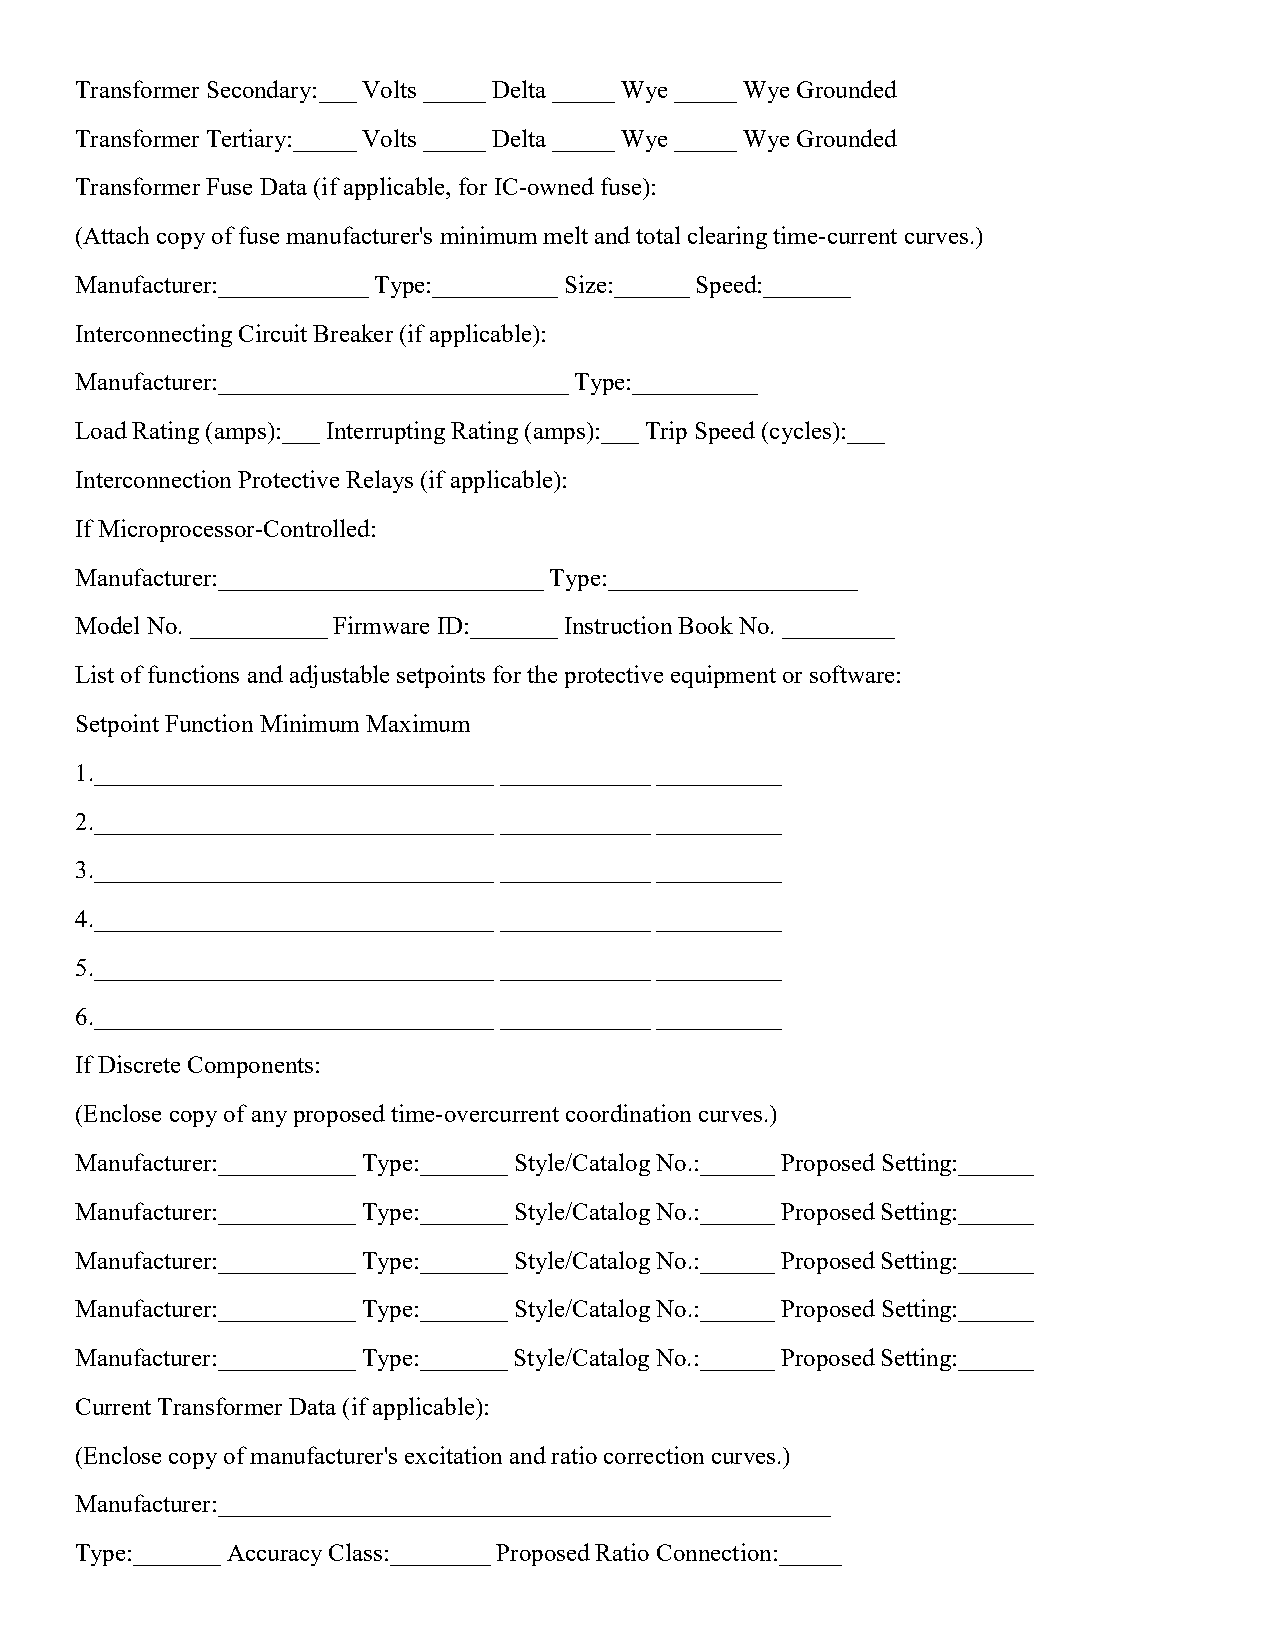
Transformer Secondary:___ Volts _____ Delta _____ Wye _____ Wye Grounded
 Transformer Tertiary:_____ Volts _____ Delta _____ Wye _____ Wye Grounded
 Transformer Fuse Data (if applicable, for IC-owned fuse):
 (Attach copy of fuse manufacturer's minimum melt and total clearing time-current curves.)
 Manufacturer:____________ Type:__________ Size:______ Speed:_______
 Interconnecting Circuit Breaker (if applicable):
 Manufacturer:____________________________ Type:__________
 Load Rating (amps):___ Interrupting Rating (amps):___ Trip Speed (cycles):___
 Interconnection Protective Relays (if applicable):
 If Microprocessor-Controlled:
 Manufacturer:__________________________ Type:____________________
 Model No. ___________ Firmware ID:_______ Instruction Book No. _________
 List of functions and adjustable setpoints for the protective equipment or software:
 Setpoint Function Minimum Maximum
 1.________________________________ ____________ __________
 2.________________________________ ____________ __________
 3.________________________________ ____________ __________
 4.________________________________ ____________ __________
 5.________________________________ ____________ __________
 6.________________________________ ____________ __________
 If Discrete Components:
 (Enclose copy of any proposed time-overcurrent coordination curves.)
 Manufacturer:___________ Type:_______ Style/Catalog No.:______ Proposed Setting:______
 Manufacturer:___________ Type:_______ Style/Catalog No.:______ Proposed Setting:______
 Manufacturer:___________ Type:_______ Style/Catalog No.:______ Proposed Setting:______
 Manufacturer:___________ Type:_______ Style/Catalog No.:______ Proposed Setting:______
 Manufacturer:___________ Type:_______ Style/Catalog No.:______ Proposed Setting:______
 Current Transformer Data (if applicable):
 (Enclose copy of manufacturer's excitation and ratio correction curves.)
 Manufacturer:_________________________________________________
 Type:_______ Accuracy Class:________ Proposed Ratio Connection:_____